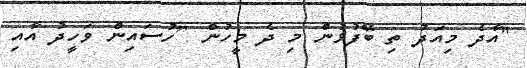
"އާދެ މިއަދު ތި ބޭފުޅުން މި ދެ މީހުން [ހުސައިން ވަހީދު އާއި